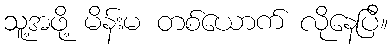
သူ့အဖို့ မိန်းမ တစ်ယောက် လိုနေပြီ။